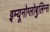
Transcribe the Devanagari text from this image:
इम्यूनोग्लोबुलिन्स